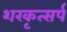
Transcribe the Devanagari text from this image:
शरकृत्‍सर्प